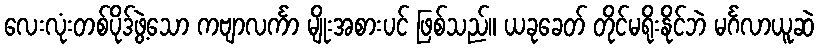
လေးလုံးတစ်ပိုဒ်ဖွဲ့သော ကဗျာလင်္ကာ မျိုးအစားပင် ဖြစ်သည်။ ယခုခေတ် တိုင်မရိုးနိုင်ဘဲ မင်္ဂလာယူဆဲ